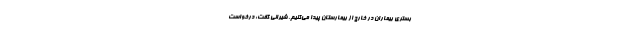
بستری بیماران در خارج از بیمارستان پیدا می‌کنیم. شیرانی گفت: درخواست